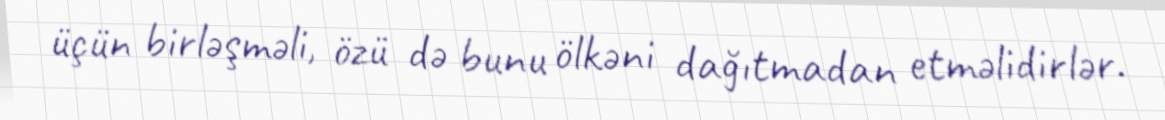
üçün birləşməli, özü də bunu ölkəni dağıtmadan etməlidirlər.